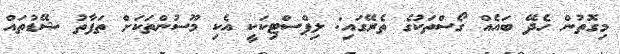
މިގޮތުން ހެދޭ ބައެއް ގޯސްތަކުގެ ތެރޭގައި: ލިޕްސްޓިކަކީ އެކި މޫސުންތަކަށް ތަފާތު ޝޭޑުތައް